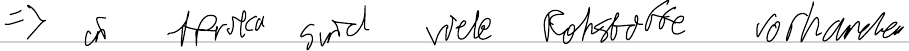
=> in Afrika sind viele Rohstoffe vorhanden